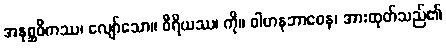
အနုစ္ဆဝိကဿ၊ လျော်သော။ ဝီရိယဿ၊ ကို။ ဝါဟနဘာဝေန၊ အားထုတ်သည်၏